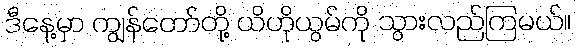
ဒီနေ့မှာ ကျွန်တော်တို့ ယိဟိုယွမ်ကို သွားလည်ကြမယ်။